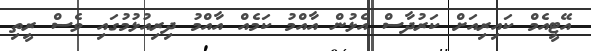
އޭޓީއެމް ކައިރިއަށް ކަރުދާސް އެޅުން އާއްމު ކަމެއް އާއްމު ދިރިއުޅުމުގައި ވެސް ރީތި